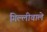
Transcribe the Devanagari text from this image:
गिल्लीवाले